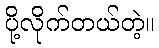
ပို့လိုက်တယ်တဲ့။